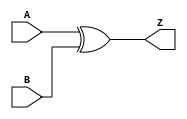
module XOR2(output Z, input A, input B);

xor (Z, A, B);

endmodule